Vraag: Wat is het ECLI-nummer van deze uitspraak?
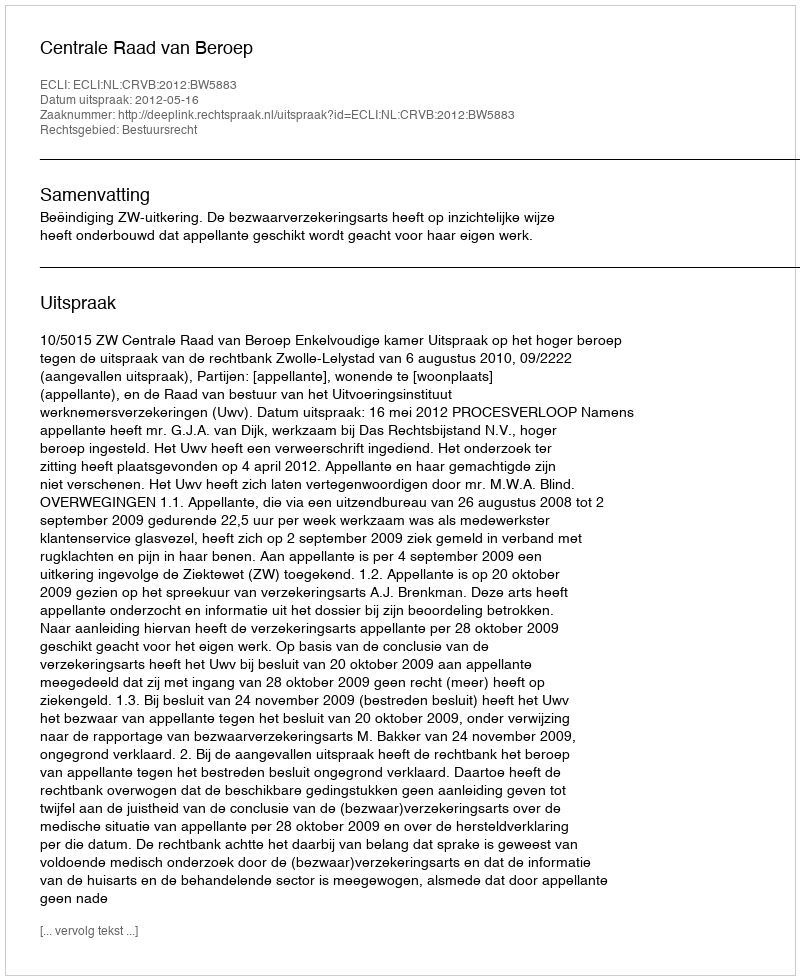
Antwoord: ECLI:NL:CRVB:2012:BW5883